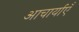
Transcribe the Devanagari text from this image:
आचार्याएँ